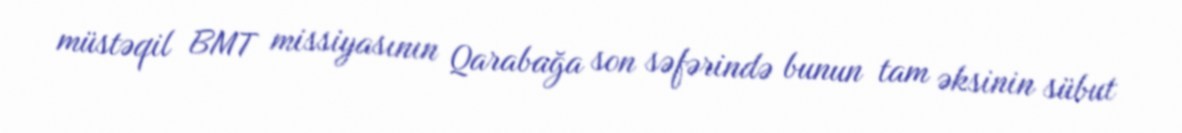
müstəqil BMT missiyasının Qarabağa son səfərində bunun tam əksinin sübut